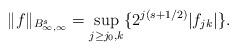
LaTeX: \begin{align*}\|f\|_{B_{\infty,\infty}^s}= \sup_{j\geq j_0, k}\{ 2^{j(s+1/2)}|f_{jk}|\}.\end{align*}